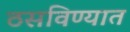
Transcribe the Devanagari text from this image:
ठसविण्यात